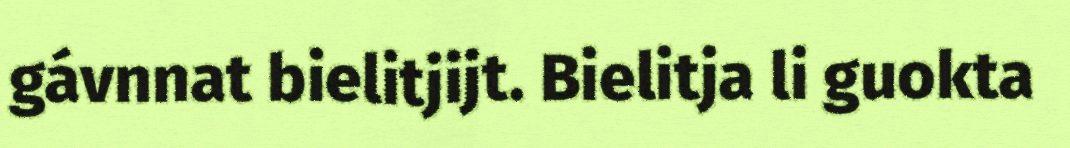
gávnnat bielitjijt. Bielitja li guokta